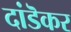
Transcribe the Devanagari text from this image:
दांडॆकर